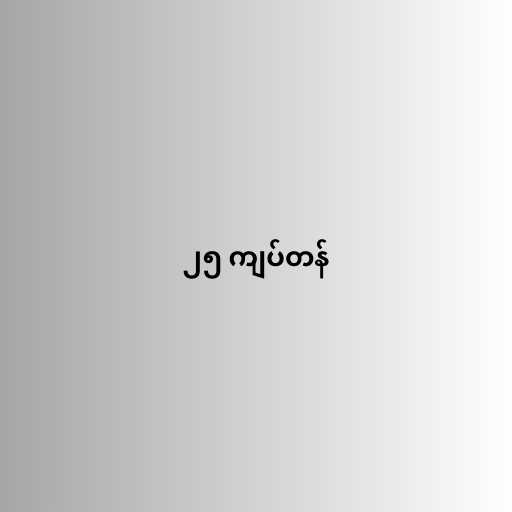
၂၅ ကျပ်တန်